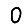
Digit: 0